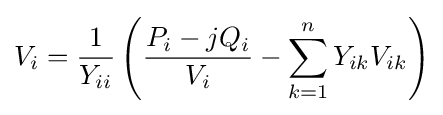
V_{i}={1 \over Y_{ii}}\left({P_{i}-jQ_{i} \over V_{i}}-\sum _{k=1}^{n}Y_{ik}V_{ik}\right)